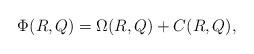
\begin{align*}\Phi(R,Q)=\Omega(R,Q)+C(R,Q),\end{align*}